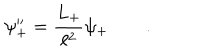
LaTeX: \psi _ { + } ^ { \prime \prime } = \frac { L _ { + } } { \ell ^ { 2 } } \psi _ { + } \qquad .